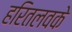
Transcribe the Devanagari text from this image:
हरितलवके